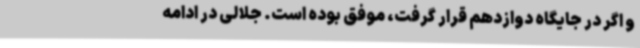
و اگر در جایگاه دوازدهم قرار گرفت، موفق بوده است. جلالی در ادامه